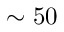
\sim 5 0